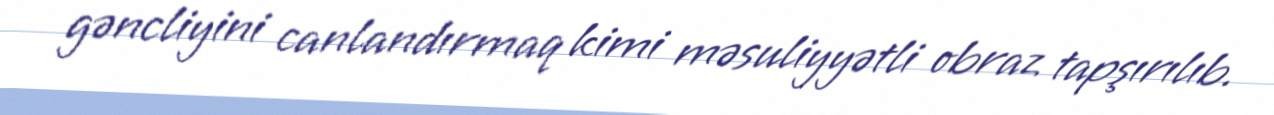
gəncliyini canlandırmaq kimi məsuliyyətli obraz tapşırılıb.